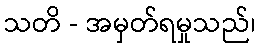
သတိ - အမှတ်ရမှုသည်၊